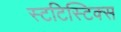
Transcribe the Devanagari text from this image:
स्टटिस्टिक्स